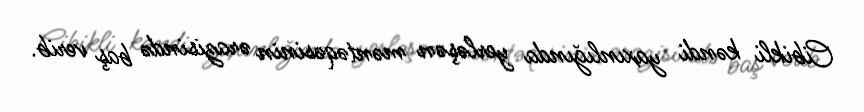
Cibikli kəndi yaxınlığında yerləşən məntəqəsinin ərazisində baş verib.